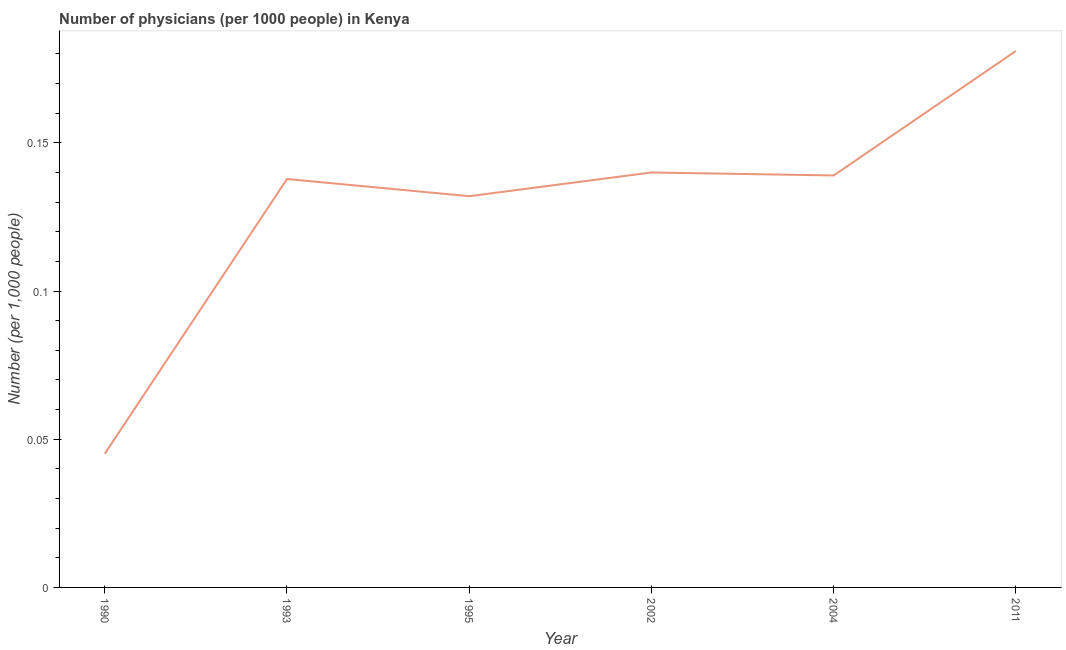
| Year | Physicians |
 | --- | --- |
 | 1990 | 0.0451 |
 | 1993 | 0.138 |
 | 1995 | 0.132 |
 | 2002 | 0.14 |
 | 2004 | 0.139 |
 | 2011 | 0.181 |